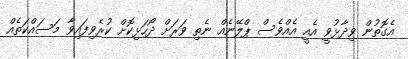
އެގޮތުން ވިދާޅުވީ އެއީ އެއްވެސް ޕްލޭނެއްް ނެތި ވަރަށް ދޯހަޅިކޮށް ކުރެވިފައިވާ މަސައްކަތެއް